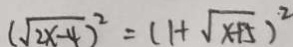
( \sqrt { 2 x - 4 } ) ^ { 2 } = ( 1 + \sqrt { x + 5 } ) ^ { 2 }